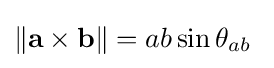
\|\mathbf {a\times b} \|=ab\sin \theta _{ab}\